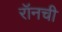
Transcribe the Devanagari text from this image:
रॉनची